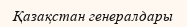
Қазақстан генералдары